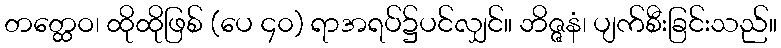
တတ္ထေဝ၊ ထိုထိုဖြစ် (ပေ ၄၀) ရာအရပ်၌ပင်လျှင်။ ဘိဇ္ဇနံ၊ ပျက်စီးခြင်းသည်။